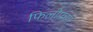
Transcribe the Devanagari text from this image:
फिलीपच्या